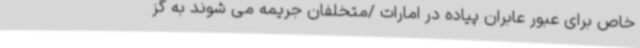
خاص برای عبور عابران پیاده در امارات /متخلفان جریمه می شوند به گز